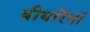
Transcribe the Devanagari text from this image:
बीयरिंगों